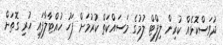
ދުވަސްކޮޅެއް ކުރިން ލިފްޓް ލުމުގެ މަސައްކަތް ކުރުމަށް ފަހު ހުއްޓާލާފައި ހުރި ގޮތަށް